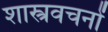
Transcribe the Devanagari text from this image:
शास्त्रवचनों